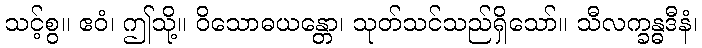
သင့်စွ။ ဧဝံ၊ ဤသို့။ ဝိသောဓယန္တော၊ သုတ်သင်သည်ရှိသော်။ သီလက္ခန္ဓဒီနံ၊